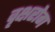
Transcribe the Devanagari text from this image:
वृक्षरोग